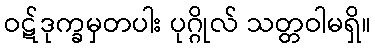
ဝဋ်ဒုက္ခမှတပါး ပုဂ္ဂိုလ် သတ္တဝါမရှိ။